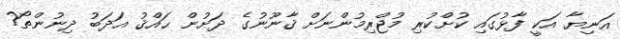
އަނިޔާ އަކީ ފާޅުގައި ކުށްކުރި މުޖްރިމުންނަށް ޤާނޫނުގެ ދަށުން ޙައްޤު އަދަބު ދިނުންތޯ?